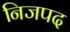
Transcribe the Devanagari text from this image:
निजपद